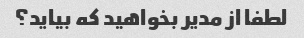
لطفا از مدیر بخواهید که بیاید؟